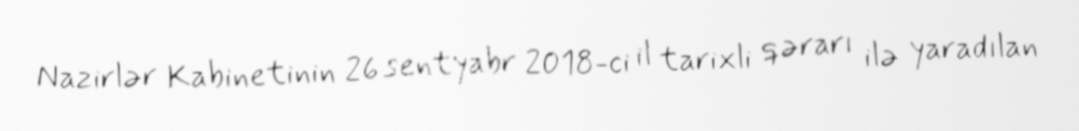
Nazirlər Kabinetinin 26 sentyabr 2018-ci il tarixli qərarı ilə yaradılan